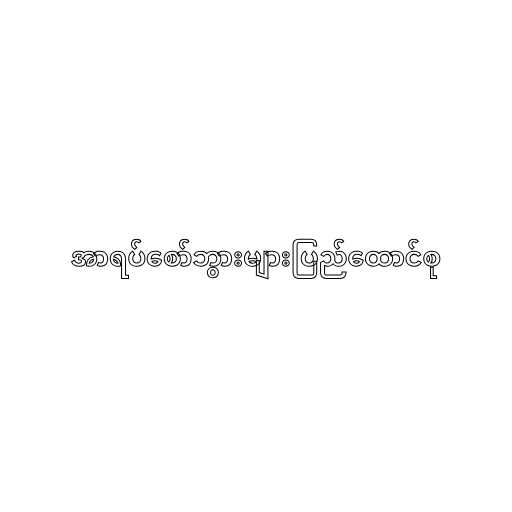
အာရပ်စော်ဘွားများပြည်ထောင်စု